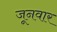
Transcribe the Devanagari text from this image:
जूनवार